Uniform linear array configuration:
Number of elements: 4
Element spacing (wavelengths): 0.5
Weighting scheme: hann
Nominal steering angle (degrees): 45
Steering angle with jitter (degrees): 46.454
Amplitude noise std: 0.05
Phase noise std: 0.05

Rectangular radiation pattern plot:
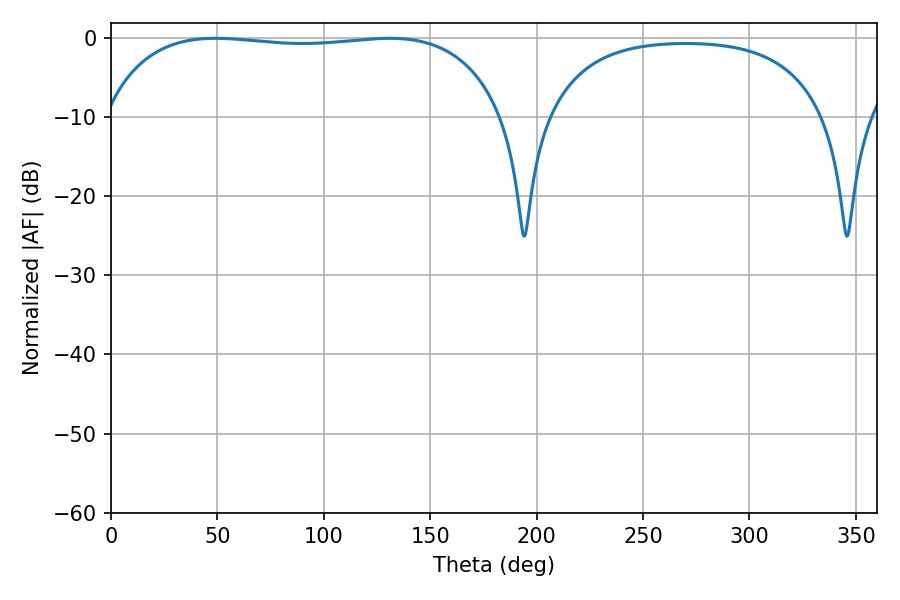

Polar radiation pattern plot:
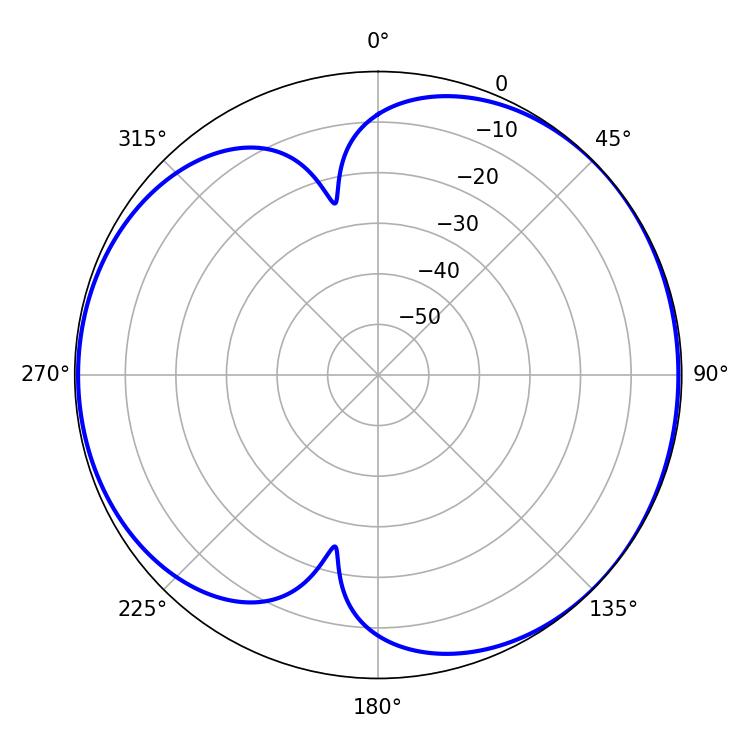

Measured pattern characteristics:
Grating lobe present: FALSE
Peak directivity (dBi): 5.089
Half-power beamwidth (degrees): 150.48
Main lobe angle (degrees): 49.14